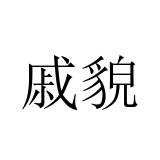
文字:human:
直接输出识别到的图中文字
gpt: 戚貌